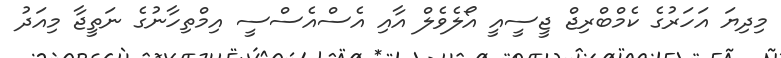
މިދިޔަ އަހަރުގެ ކެމްބްރިޖް ޖީސީއީ އޯލެވެލް އާއި އެސްއެސްސީ އިމްތިހާނުގެ ނަތީޖާ މިއަދު